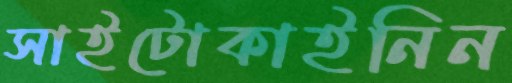
সাইটোকাইনিন